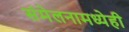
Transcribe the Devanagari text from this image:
संमेलनामध्येही